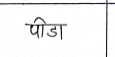
मजकूर: पीडा